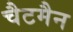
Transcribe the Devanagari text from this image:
चैटमैन